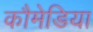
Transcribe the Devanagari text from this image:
कौमेडिया